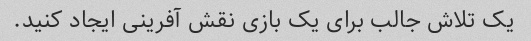
یک تلاش جالب برای یک بازی نقش آفرینی ایجاد کنید.